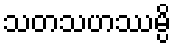
သတသဟဿမ္ပိ